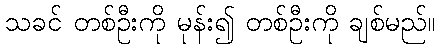
သခင် တစ်ဦးကို မုန်း၍ တစ်ဦးကို ချစ်မည်။